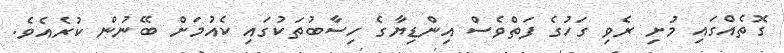
ގޮތެއްގައި މުށި ރެވި ގަހުގެ ފަތްވެސް އިންޑިޔާގެ ހިސާބުތަކުގައި ކެއުމަށް ބޭނުން ކުރެއެވެ.